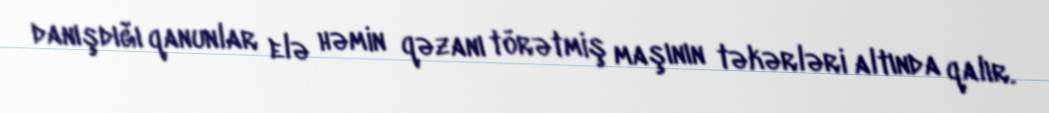
danışdığı qanunlar elə həmin qəzanı törətmiş maşının təkərləri altında qalır.